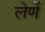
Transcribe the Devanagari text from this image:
लेणें